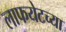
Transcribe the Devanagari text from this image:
लाफयेटच्या